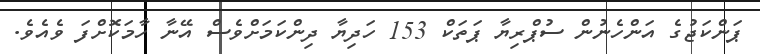
ޕަންކަޖުގެ އަންހެނުން ސުޕްރިޔާ ޕަތަކް 153 ހަދިޔާ ދިންކަމަށްވެސް އޭނާ ހާމަކޮށްފަ ވެއެވެ.